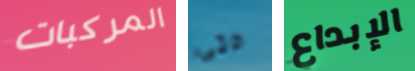
المركبات حتى الإبداع